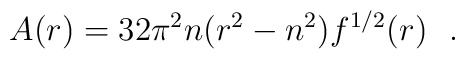
A(r)=32\pi^2n (r^2-n^2)f^{1/2}(r)~~.